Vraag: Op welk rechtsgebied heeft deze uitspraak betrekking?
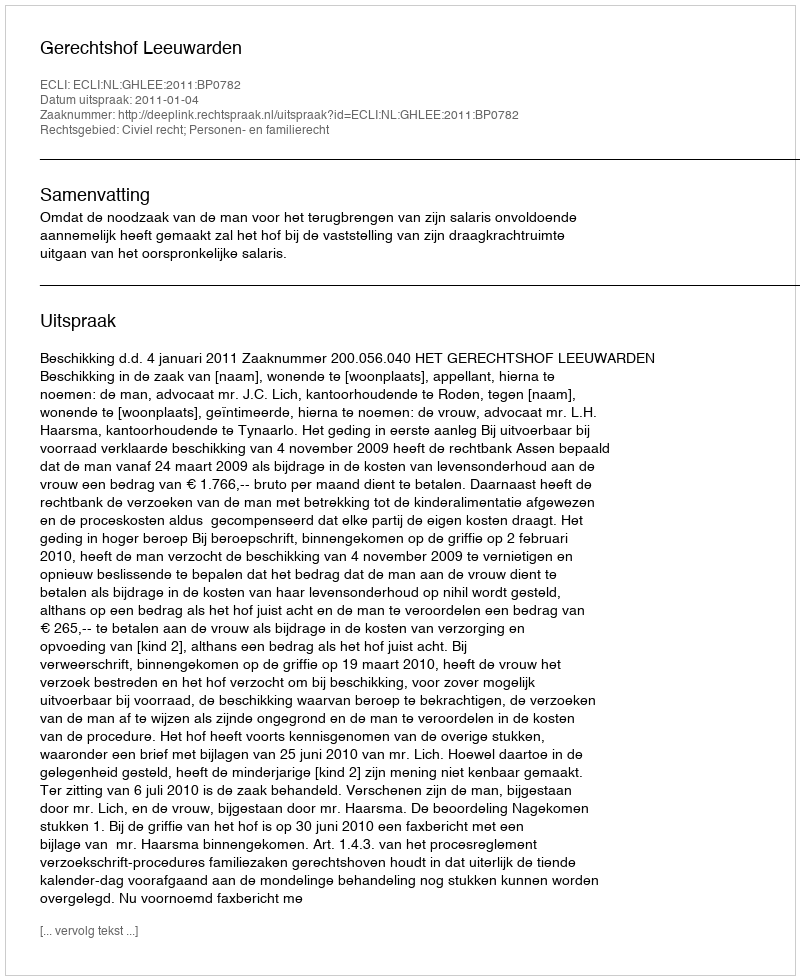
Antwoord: Civiel recht; Personen- en familierecht